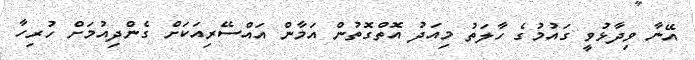
އޭނާ ވިދާޅުވީ ގައުމުގެ ހާލަތު މިއަދު އޮތްގޮތުން އަމާން އައްސޭރިއަކަށް ގެންދިއުމަށް ހުރިހާ